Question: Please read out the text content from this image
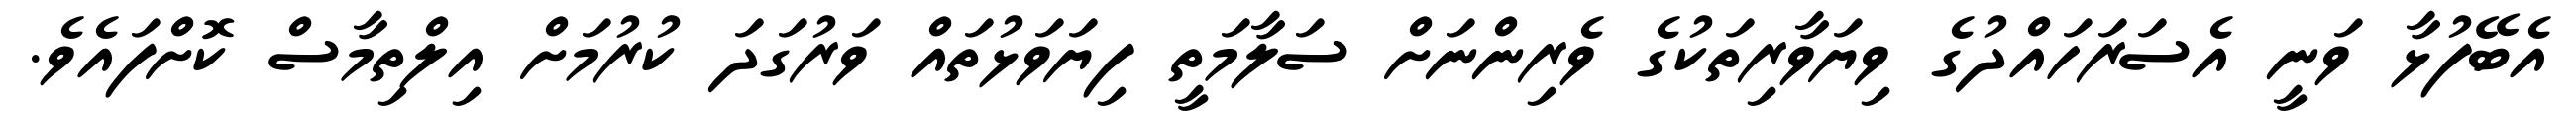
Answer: އެބޭފުޅާ ވަނީ އެސަރަހައްދުގެ ވިޔަވާރިތަކުގެ ވެރިންނަށް ސަލާމަތީ ފިޔަވަޅުތައް ވަރުގަދަ ކުރުމަށް އިލްތިމާސް ކޮށްފައެވެ.